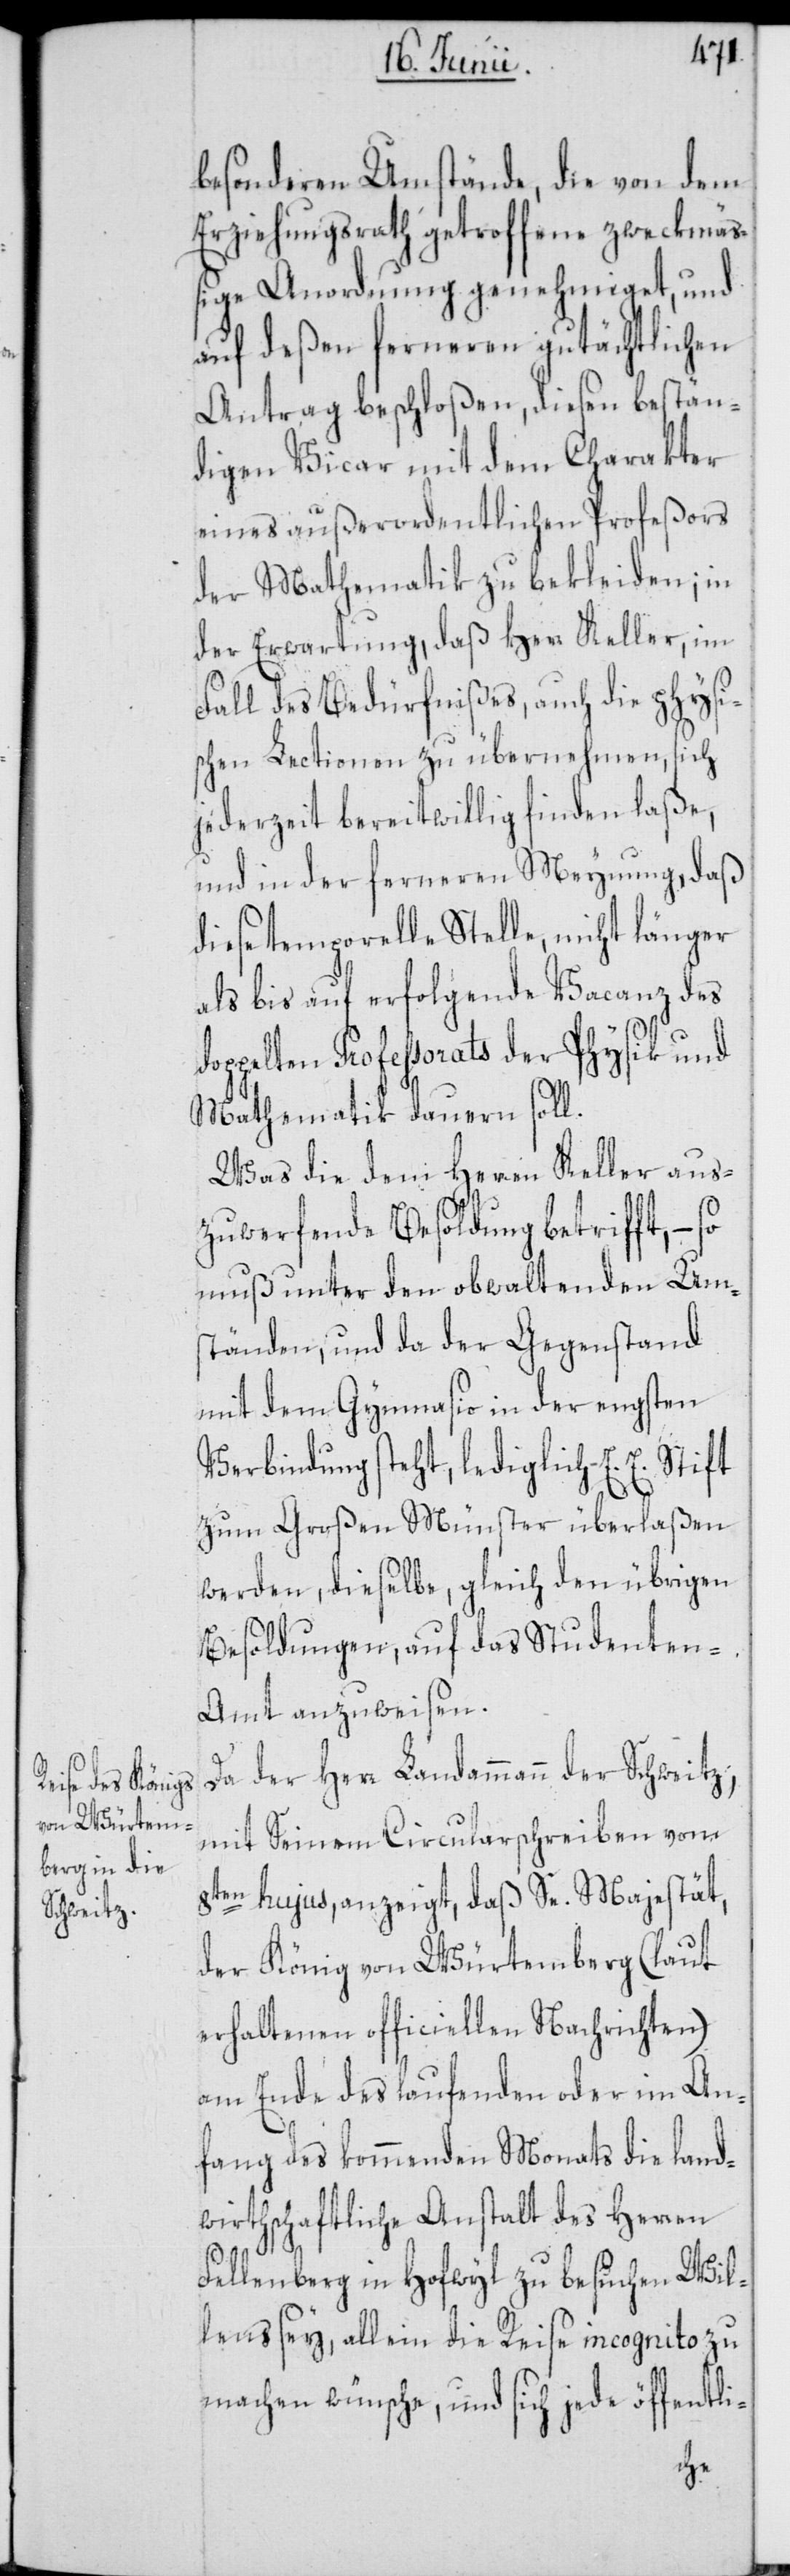
besonderen Umstände, die von dem
Erziehungsrath getroffene zweckmäß¬
ige Anordnung genehmiget, und
auf deßen ferneren gutächtlichen
Antrag beschloßen, diesen bestän¬
digen Vicar mit dem Charakter
eines außerordentlichen Profeßors
der Mathematik zu bekleiden; in
der Erwartung, daß Herr Keller, im
Fall des Bedürfnißes, auch die physi¬
schen Lectionen zu übernehmen, sich
jederzeit bereitwillig finden laße,
und in der ferneren Meynung, daß
diese temporelle Stelle, nicht länger
als bis auf erfolgende Vacanz des
doppelten Professorats der Physik und
Mathematik dauern soll.
Was die dem Herren Keller aus¬
zuwerfende Besoldung betrifft, – so
muß unter den obwaltenden Um¬
ständen, und da der Gegenstand
mit dem Gymnasio in der engsten
Verbindung steht, lediglich E. E. Stift
zum Großen Münster überlaßen
werden, dieselbe, gleich den übrigen
Besoldungen, auf das Studenten-A¬
mt anzuweisen.
Da der Herr Landammann der Schweitz,
mit Seinem Circularschreiben vom
8ten hujus, anzeigt, daß Se. Majestät,
der König von Würtemberg (laut
erhaltenen officiellen Nachrichten)
am Ende des laufenden oder im An¬
fang des kommenden Monats die land¬
wirthschaftliche Anstalt des Herren
Fellenberg in Hofwyl zu besuchen Wil¬
lens sey, allein die Reise incognito zu
machen wünsche, und sich jede öffentli-